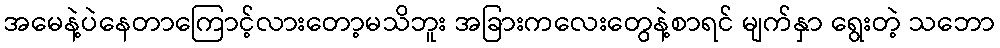
အမေနဲ့ပဲနေတာကြောင့်လားတော့မသိဘူး အခြားကလေးတွေနဲ့စာရင် မျက်နှာ ရွေးတဲ့ သဘော